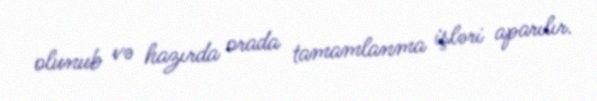
olunub və hazırda orada tamamlanma işləri aparılır.